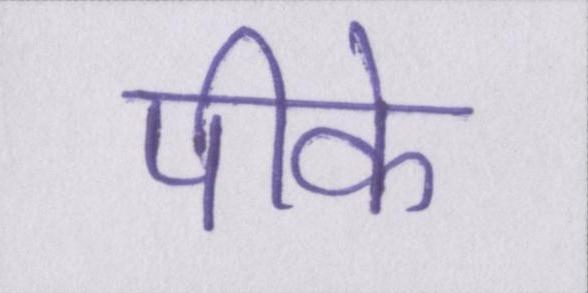
पीके